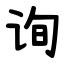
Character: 询